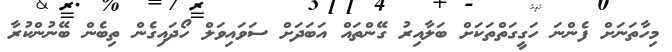
މިހާތަނަށް ފެންނަ ހަގީގަތްތަކަށް ބަލާއިރު ގޭންތައް އަބަދަށް ސަވައިވަލް ހޯދައިގެން ތިބެން ބޭނުންކުރާ